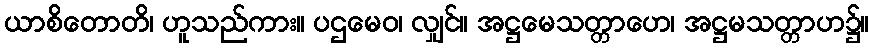
ယာစိတောတိ၊ ဟူသည်ကား။ ပဌမေဝ၊ လျှင်။ အဋ္ဌမေသတ္တာဟေ၊ အဋ္ဌမသတ္တာဟ၌။